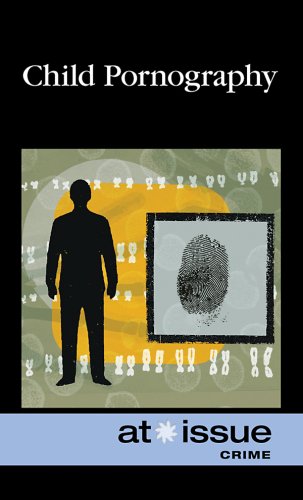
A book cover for Child Pornography (At Issue Series); Teen & Young Adult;